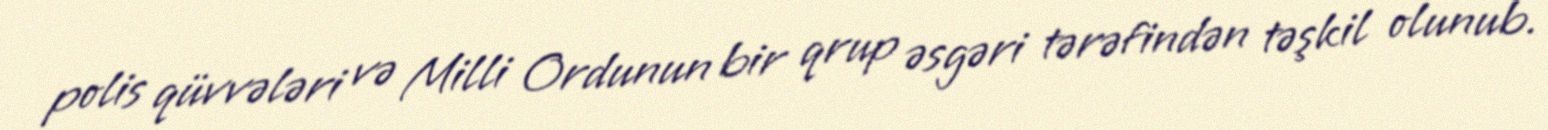
polis qüvvələri və Milli Ordunun bir qrup əsgəri tərəfindən təşkil olunub.